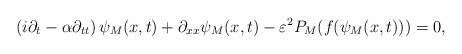
LaTeX: \begin{align*} \left( i \partial_t - \alpha \partial_{tt} \right)\psi_M(x,t) + \partial_{xx} \psi_M(x,t) - \varepsilon^{2} P_M( f(\psi_M(x,t))) = 0, \end{align*}